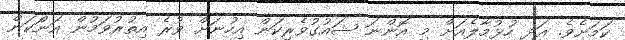
ކަމަށެވެ. އަދި ހުޅުމާލެއަށް މި އޮންނަ ޝައުގުވެރިކަން އިހުނަށް ވުރެ އިތުރުވަމުން އަންަކަން